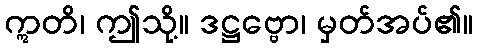
ဣတိ၊ ဤသို့။ ဒဋ္ဌဗ္ဗော၊ မှတ်အပ်၏။